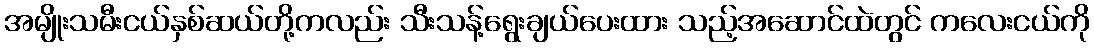
အမျိုးသမီးငယ်နှစ်ဆယ်တို့ကလည်း သီးသန့်ရွေးချယ်ပေးထား သည့်အဆောင်ထဲတွင် ကလေးငယ်ကို